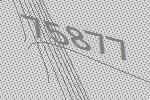
75877